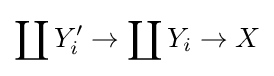
\coprod Y_{i}'\to \coprod Y_{i}\to X